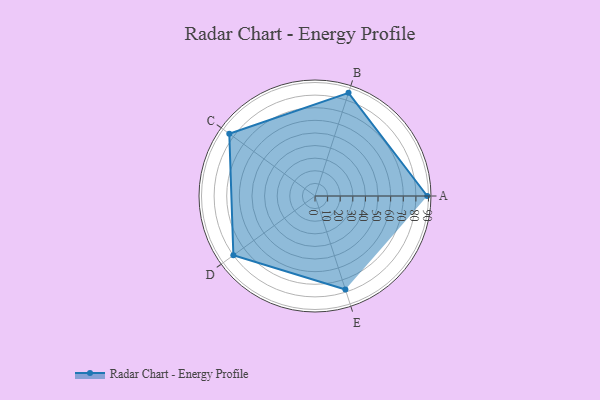
{"axis": {"x": "Skill", "y": "Score"}, "legend": ["Profile"], "data": [{"x": "A", "y": 89.0, "type": "Profile"}, {"x": "B", "y": 86.0, "type": "Profile"}, {"x": "C", "y": 84.0, "type": "Profile"}, {"x": "D", "y": 80.0, "type": "Profile"}, {"x": "E", "y": 78.0, "type": "Profile"}]}